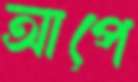
আপে